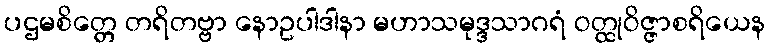
ပဌမစိတ္တေ တရိတဗ္ဗာ နောဥပါဒါနာ မဟာသမုဒ္ဒသာဂရံ ဝတ္ထုဝိဇ္ဇာစရိယေန